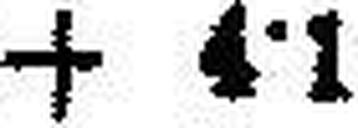
+ 4·1